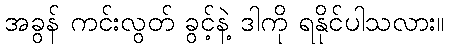
အခွန် ကင်းလွတ် ခွင့်နဲ့ ဒါကို ရနိုင်ပါသလား။